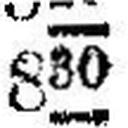
830